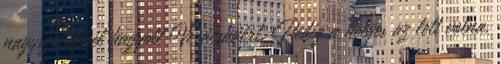
nagyszülõknél hagyott Verácskáért. Pedig a helyes az lett volna,